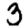
Digit: 3